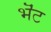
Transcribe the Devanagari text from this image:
भॆंट